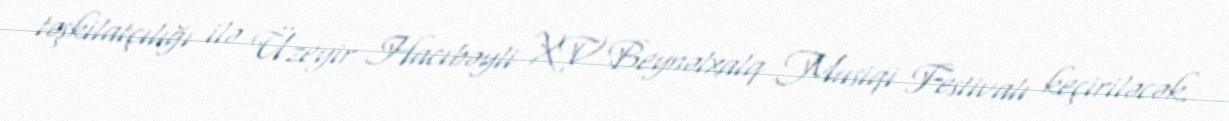
təşkilatçılığı ilə Üzeyir Hacıbəyli XV Beynəlxalq Musiqi Festivalı keçiriləcək.